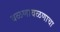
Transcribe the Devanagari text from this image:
वळणावळणाचा